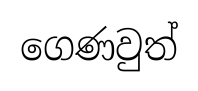
ගෙණවුත්